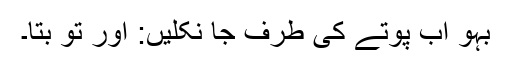
بہو اب پوتے کی طرف جا نکلیں: اور تو بتا۔